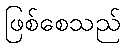
ဖြစ်စေသည်